system: You are a helpful assistant.
user:
Analyze the provided spectrum to determine if it is a **Carbon Star (C-type)**.

- **Key Visual Indicators of Carbon Star:**
    - **(Primary):** Strong molecular absorption from **C₂ (diatomic carbon) "Swan Bands."** This is the **defining feature** of a carbon star.
        - **(Key Bandheads):** Sharp absorption edges are visible at approximately $5635$ Å, $5165$ Å (the strongest band), and $4737$ Å.
        - **(Line Profile):** Creates a distinct **"saw-tooth"** pattern. The key morphology is a sharp, steep bandhead on the **red (long-wavelength) side**, which then gradually tapers off (i.e., flux recovers) towards the **blue (short-wavelength) side**. *(This is the direct opposite of the TiO bands seen in M-type stars)*.

    - **(Secondary):** Intense **CN (cyanogen)** molecular absorption bands.
        - **(Key Bandheads):** Located in the blue and violet regions of the spectrum (e.g., near $4215$ Å and $3883$ Å).
        - **(Morphology):** These bands are extremely broad and act as a "blanket," absorbing the vast majority of blue and violet light. This creates a characteristic **"cliff"** or **"steep drop-off"** in the spectrum's flux at short wavelengths.

    - **(Key Confirmation):** Strong **CH absorption band (G-band)**.
        - **(Key Bandhead):** Located around $4300$ Å. The contribution from CH molecules to this band is exceptionally strong.

    - **(Overall Spectrum):**
        - The continuum is severely "chopped up" by these deep molecular bands, especially C₂, rather than appearing as a smooth curve.
        - Due to the heavy CN and C₂ absorption in the blue-green, the vast majority of the star's flux is concentrated in the red part of the spectrum, giving the star its characteristic deep red color.

Think first, call **spectral_visualization_tool** if needed to examine features in detail, then provide your final answer. Your response must adhere to the following strict rules:
1.  **Overall Structure:** Your response must follow the format `<think>...</think> <tool_call>...</tool_call> (if a tool is used) <answer>...</answer>`.
2.  **Tool Usage Constraint:** You may only make **one** tool call per turn.
3.  **Final Answer Format:** In the `<answer>` tag, your conclusion must be inside a `\boxed{}` command (e.g., `\boxed{YES}`), followed by your justification.

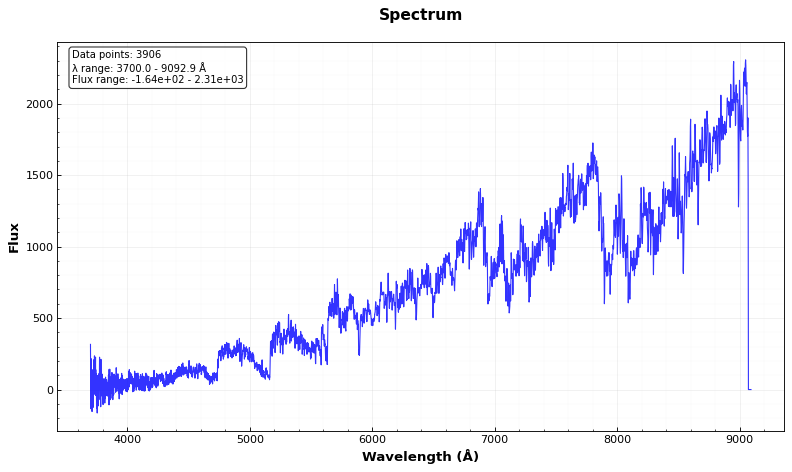
Answer: YES